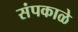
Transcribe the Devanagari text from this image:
संपकाळे